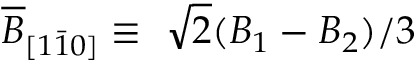
\overline { { B } } _ { [ 1 \bar { 1 } 0 ] } \equiv \ \sqrt { 2 } ( B _ { 1 } - B _ { 2 } ) / 3